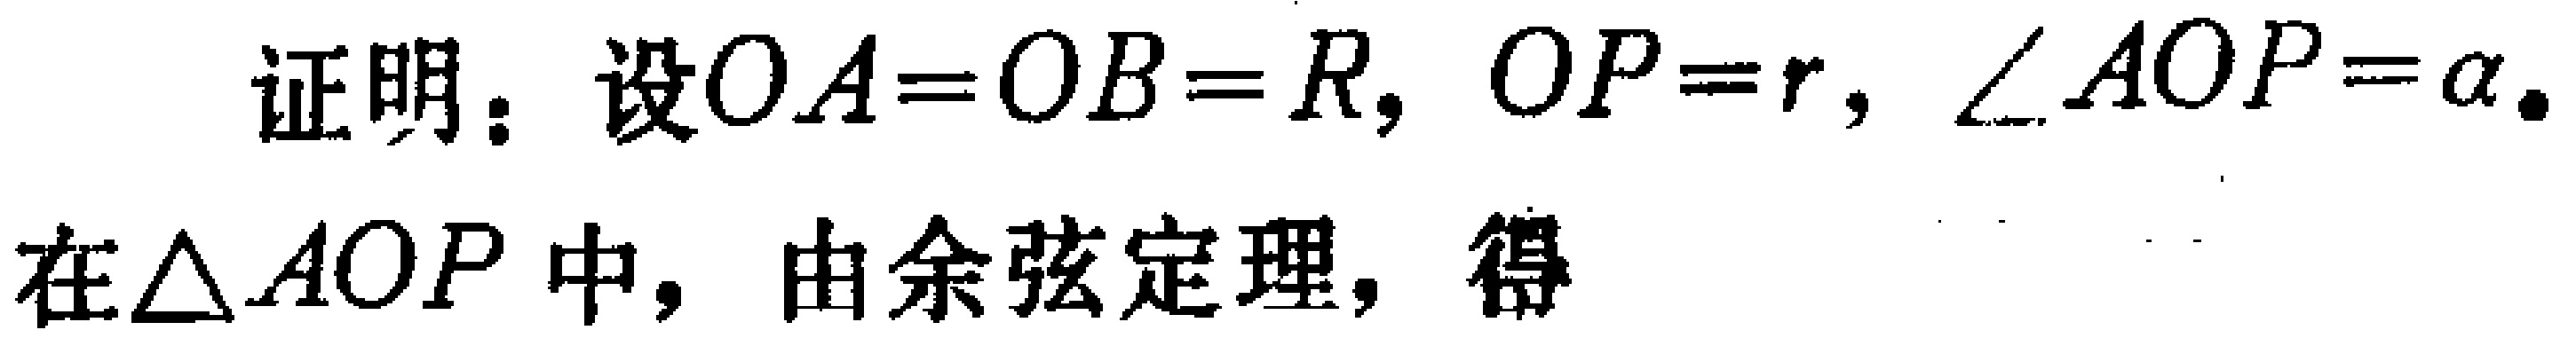
证明：设$OA = OB = R$，$OP = r$，$\angle AOP=\alpha$.

在$\triangle AOP$中，由余弦定理，得